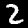
Digit: 2